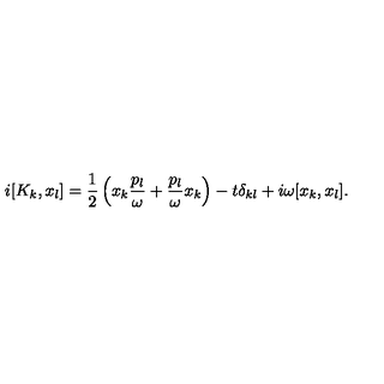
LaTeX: i [ K _ { k } , x _ { l } ] = \frac { 1 } { 2 } \left( x _ { k } \frac { p _ { l } } { \omega } + \frac { p _ { l } } { \omega } x _ { k } \right) - t \delta _ { k l } + i \omega [ x _ { k } , x _ { l } ] .